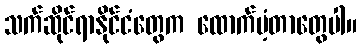
သက်ဆိုင်ရာနိုင်ငံတွေက ထောက်ပံ့တာတွေပါ။